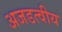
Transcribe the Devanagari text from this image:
अजडत्वीय